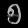
Digit: ၅